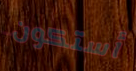
أستكون